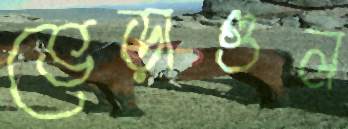
ভেড়াগুল